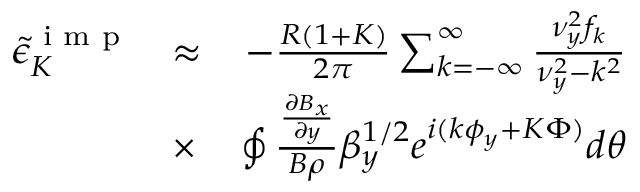
\begin{array} { r l r } { { \tilde { \epsilon } } _ { K } ^ { \textrm { i m p } } } & { \approx } & { - \frac { R ( 1 + K ) } { 2 \pi } \sum _ { k = - \infty } ^ { \infty } \frac { \nu _ { y } ^ { 2 } f _ { k } } { \nu _ { y } ^ { 2 } - k ^ { 2 } } } \\ & { \times } & { \oint \frac { \frac { \partial B _ { x } } { \partial y } } { B \rho } \beta _ { y } ^ { 1 / 2 } e ^ { i ( k \phi _ { y } + K \Phi ) } d \theta } \end{array}